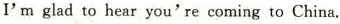
I'm glad to hear you're coming to China.